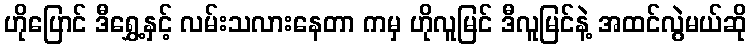
ဟိုပြောင် ဒီရွှေ့နှင့် လမ်းသလားနေတာ ကမှ ဟိုလူမြင် ဒီလူမြင်နဲ့ အထင်လွဲမယ်ဆို